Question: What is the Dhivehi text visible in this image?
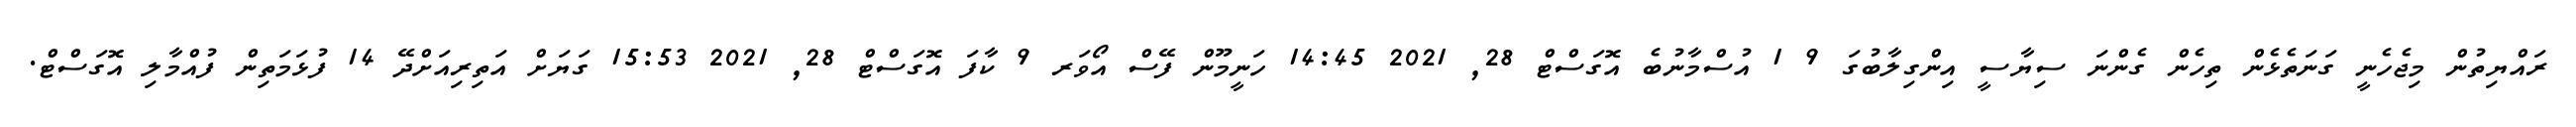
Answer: ރައްޔިތުން މިޖެހެނީ ގަނަތެޅެން ތިހެން ގެންނަ ސިޔާސީ އިންގިލާބުގަ 9 1 އުސްމާނުބެ އޮގަސްޓް 28, 2021 14:45 ހަނީމޫން ފޭސް އޯވަރ 9 ކާފަ އޮގަސްޓް 28, 2021 15:53 ގަޔަށް އަތިރިއަށްދޭ 14 ފުޅަމަތިން ފުއްމާލި އޮގަސްޓް.